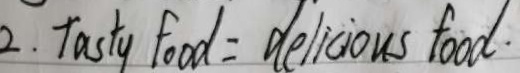
2 . T a s t y f o o d = d e l i c i o u s f o o d .